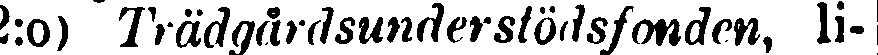
2:o) Trädgårdsunderstödsfonden, li-